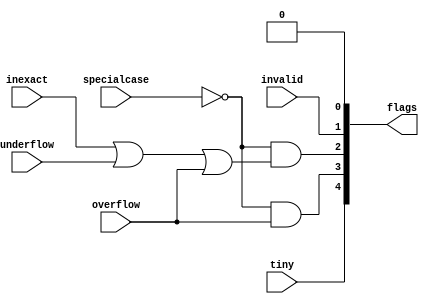
`define NWIDTH 6'b010100
`define BLOCKWIDTH 4'b0101
`define DDRWIDTH 7'b0100000
`define DDRNUMDQS 4'b0100
`define DDRSIZEWIDTH 6'b011000
`define BURSTLEN 3'b010
`define MEMCONWIDTH 8'b01000000
`define MEMCONNUMBYTES 5'b01000
`define RAMWIDTH 10'b0100000000
`define RAMNUMBYTES 7'b0100000
`define RAMSIZEWIDTH 4'b0101
`define TOPWIDTH 7'b0100000
`define rFIFOINPUTWIDTH 8'b01000000
`define wFIFOINPUTWIDTH 10'b0100000000
`define mFIFOWIDTH 6'b011100
`define aFIFOWIDTH 4'b0101
`define SIMULATION_MEMORY
`define BLOCKM 6'b010000
`define BLOCKN 6'b010000
`define BLOCKMDIVK 3'b010
`define MEMBLOCKM 5'b01000
`define MEMBLOCKN 5'b01000
`define NWIDTH 6'b010100
`define BLOCKWIDTH 4'b0101
`define DDRSIZEWIDTH 6'b011000
`define RAMSIZEWIDTH 4'b0101
`define START 1'b0 //0
`define SETUP 2'b01 //1
`define FIRST 3'b010 //2
`define MODE0_SETUP 3'b011 //3
`define MODE0_WAIT 4'b0100 //4
`define MODE0 4'b0101 //5
`define MODE1_SETUP 4'b0110 //6
`define MODE1_WAIT 4'b0111 //7
`define MODE1 5'b01000 //8
`define MODE2_SETUP 5'b01001 //9
`define MODE2_WAIT 5'b01010 //10
`define MODE2 5'b01011 //11
`define MODE3_SETUP 5'b01100 //12
`define MODE3_WAIT 5'b01101 //13
`define MODE3 5'b01110 //14
`define STALL 5'b01111 //15
`define STALL_WAIT 6'b010000 //16
`define WAIT 6'b010001 //17
`define FINAL_WRITE 6'b010010 //18
`define FINAL_WAIT 6'b010011 //19
`define IDLE 6'b010100 //20
`define LAST_SETUP 6'b010101 //21
`define LAST_SETUP_WAIT 6'b010110 //22
`define LAST 6'b010111 //23
`define LAST_WAIT 6'b011000 //24
`define MEM_IDLE 1'b0 //0
`define MEM_WRITE 2'b01 //1
`define MEM_WRITE_WAIT 3'b010 //2
`define MEM_CHECK_DONE 3'b011 //3
`define MEM_READ 4'b0100 //4
`define MEM_READ_WAIT 4'b0101 //5
`define MEM_DONE 4'b0110 //6
`define MEM_WAIT_DONE 4'b0111 //7
`define rRAMSIZEWIDTH 5
`define cSETUP 4'b0000
`define cSTART 4'b0001
`define cFETCH_COL 4'b0010
`define cWAIT_COL 4'b0011
`define cFIND_REC 4'b0100
`define cMULT_COL 4'b0101
`define cUPDATE_J 4'b0110
`define cSTORE_MO 4'b0111
`define cMULT_SUB 4'b1000
`define cINCRE_I 4'b1001
`define cWAIT 4'b1010
`define cDONE 4'b1011
`define cSTORE_DIAG 4'b1100
`define cSTORE_DIAG2 4'b1101
`define cSTART_FETCH_ROW 4'b1110
`define cROW_WAIT 2'b00
`define cFETCH_ROW 2'b01
`define cDONE_FETCH_ROW 2'b10
`define cLOAD_ROW_INC_J 2'b11
`define PRECISION 7'b0100000
`define NUMPE 5'b01000
`define PEWIDTH 3'b011
`define BLOCKWIDTH 4'b0101
`define RAMWIDTH 10'b0100000000
`define RAMNUMBYTES 7'b0100000
`define RAMSIZEWIDTH 4'b0101
`define TOPSIZEWIDTH 5'b01000
`define TOPINPUTDELAY 3'b011
`define TOPOUTPUTDELAY 2'b01
`define MEMINPUTDELAY 3'b010
`define MEMOUTPUTDELAY 2'b01
`define TOPWIDTH 7'b0100000
//`define rFIFOINPUTWIDTH 64
`define rFIFOSIZE 64
`define rFIFOSIZEWIDTH 6
`define rFIFOOUTPUTWIDTH 256
`define rFIFORSIZEWIDTH 4
	`define wFIFOINPUTWIDTH 10'b0100000000
	`define wFIFOSIZE 6'b010000
	`define wFIFOSIZEWIDTH 4'b0100
	`define wFIFOOUTPUTWIDTH 8'b01000000
	`define wFIFORSIZEWIDTH 4'b0110
`define aFIFOSIZE 6'b010000
`define aFIFOSIZEWIDTH 4'b0100
`define aFIFOWIDTH 4'b0101
`define mFIFOSIZE 16
`define mFIFOSIZEWIDTH 4
//`define mFIFOWIDTH 28
`define BURSTLEN 3'b010
`define BURSTWIDTH 3'b010
`define DATAWIDTH 10'b0100000000
`define DATANUMBYTES 7'b0100000
`define MEMCONWIDTH 8'b01000000
`define MEMCONNUMBYTES 5'b01000
`define DDRSIZEWIDTH 6'b011000
`define FIFOSIZE 6'b010000
`define FIFOSIZEWIDTH 4'b0100
`define RAMWIDTH 10'b0100000000
`define RAMNUMBYTES 7'b0100000
`define RAMSIZEWIDTH 4'b0101
`define RATIO 4'b0100
`define RAMLAT 4'b0101
`define dIDLE 0
`define dWRITE 1
`define dREAD 2
`define ZERO        8'b00000000  
`define ONE         8'b00000001  
`define TWO         8'b00000010  
`define THREE 		  8'b00000011  
`define FOUR		  8'b00000100  
`define FIVE		  8'b00000101  
`define SIX         8'b00000110  
`define SEVEN       8'b00000111  
`define EIGHT       8'b00001000  
`define NINE        8'b00001001  
`define TEN         8'b00001010  
`define ELEVEN      8'b00001011  
`define TWELVE      8'b00001100  
`define THIRTEEN    8'b00001101  
`define FOURTEEN    8'b00001110  
`define FIFTEEN     8'b00001111  
`define SIXTEEN     8'b00010000  
`define SEVENTEEN   8'b00010001  
`define EIGHTEEN	  8'b00010010  
`define NINETEEN    8'b00010011  
`define TWENTY		  8'b00010100  
`define TWENTYONE   8'b00010101  
`define TWENTYTWO   8'b00010110  
`define TWENTYTHREE 8'b00010111  
`define TWENTYFOUR  8'b00011000  
`define WEXP	8  
`define WSIG	23  
`define WFLAG	5  
`define WCONTROL 5  
`define DIVZERO 	0  
`define INVALID 	1  
`define INEXACT 	2  
`define OVERFLOW 	3  
`define UNDERFLOW	4  
`define WIDTH 		32 	//(`WEXP + `WSIG + 1)  
`define PRODWIDTH	48 	//(2 * (`WSIG + 1))  
`define SHIFTWIDTH	96 	//(2 * `PRODWIDTH))  
`define WPRENORM	24	// `WSIG + 1  
`define WEXPSUM		10	// `WEXP + 2  
`define BIAS		127	// (2^(`WEXP)) - 1  
`define WSIGMINUS1	22	// `WSIG - 1, used for rounding  
`define WSHIFTAMT	5	// log2(`WSIG + 1) rounded up  
`define UNDERBIAS	192	// 3 * 2 ^ (`WEXP -2)  
`define OVERBIAS	-192	// -`UNDERBIAS  
`define	EXTRASIG	25		// `WSIG+2 this is the amount of precision needed so no  
`define	SHIFT		5		// # bits the max alignment shift will fit in (log2(`WSIG+2)  
`define	MAX_EXP		8'b11111110	// the maximum non-infinite exponent,  
`define	INF_EXP		8'b11111111	// Infinity exponent, `WEXP bits, all 1  
`define	MAX_SIG		23'b11111111111111111111111  
`define	WEXP_0		8'b0		// Exponent equals `WEXP'b0  
`define	WEXP_1		8'b1		// Exponent equals one `WEXP'b1  
`define	WSIG_0		23'b0		// Significand equals zero `WSIG'b0  
`define	WSIG_1		23'b1		// Significand equals one `WSIG'b1  
`define	EXTRASIG_0	25'b0		// All result bits for adder zero `EXTRASIG'b0  
`define	MAXSHIFT	24		// `WSIG + 1  
`define CONSTNAN	{9'b111111111,22'b0}  
`define CONSTZERO	31'b0  
`define CONSTINFINITY	{8'b11111111, 23'b0}  
`define CONSTLARGEST	{`MAX_EXP, `MAX_SIG}  
`define PRESHIFTZEROS  48'b0 // `PRODWIDTH'b0  

module flag (invalid, overflow, inexact, underflow, tiny, specialcase, flags); 
 
  input			invalid;	// invalid operation 
  input			overflow;	// the result was too large 
  input			inexact;	// The result was rounded 
  input			specialcase;	// Using special result, shouldn't throw flags 
  input			underflow;	// Underflow detected 
  input			tiny;		// The result is tiny 
 
  output [`WFLAG-1:0]	flags;		// DIVZERO, INVALID, INEXACT,  
					// OVERFLOW, UNDERFLOW (defined in constant.v) 
 
  // flags 
  assign flags[`DIVZERO]	= 1'b0; 
  assign flags[`INVALID]	= invalid; 
  assign flags[`INEXACT]	= ~specialcase & (inexact | underflow | overflow); 
  assign flags[`OVERFLOW]	= ~specialcase & overflow; 
  assign flags[`UNDERFLOW]	= tiny; //~specialcase & tiny & underflow & ~overflow; 
 
endmodule